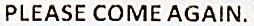
PLEASE COME AGAIN.